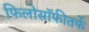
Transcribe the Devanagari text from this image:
फिलोसॉफीतर्फे